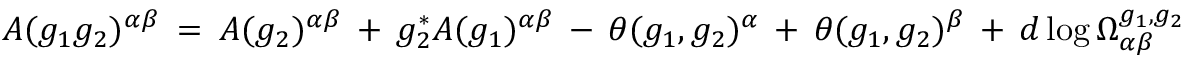
{ \cal A } ( g _ { 1 } g _ { 2 } ) ^ { \alpha \beta } \: = \: { \cal A } ( g _ { 2 } ) ^ { \alpha \beta } \: + \: g _ { 2 } ^ { * } { \cal A } ( g _ { 1 } ) ^ { \alpha \beta } \: - \: \theta ( g _ { 1 } , g _ { 2 } ) ^ { \alpha } \: + \: \theta ( g _ { 1 } , g _ { 2 } ) ^ { \beta } \: + \: d \log \Omega _ { \alpha \beta } ^ { g _ { 1 } , g _ { 2 } }